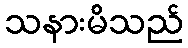
သနားမိသည်